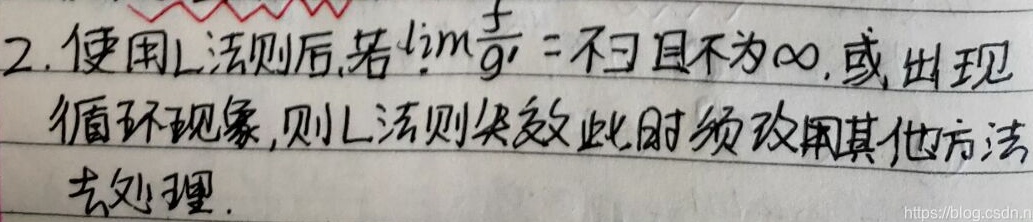
2. 使用L法则后,若$\lim\frac{f'}{g'}$ = 不存在且不为$\infty$, 或出现循环现象,则L法则失效,此时须改用其他方法去处理.
https://blog.csdn.n